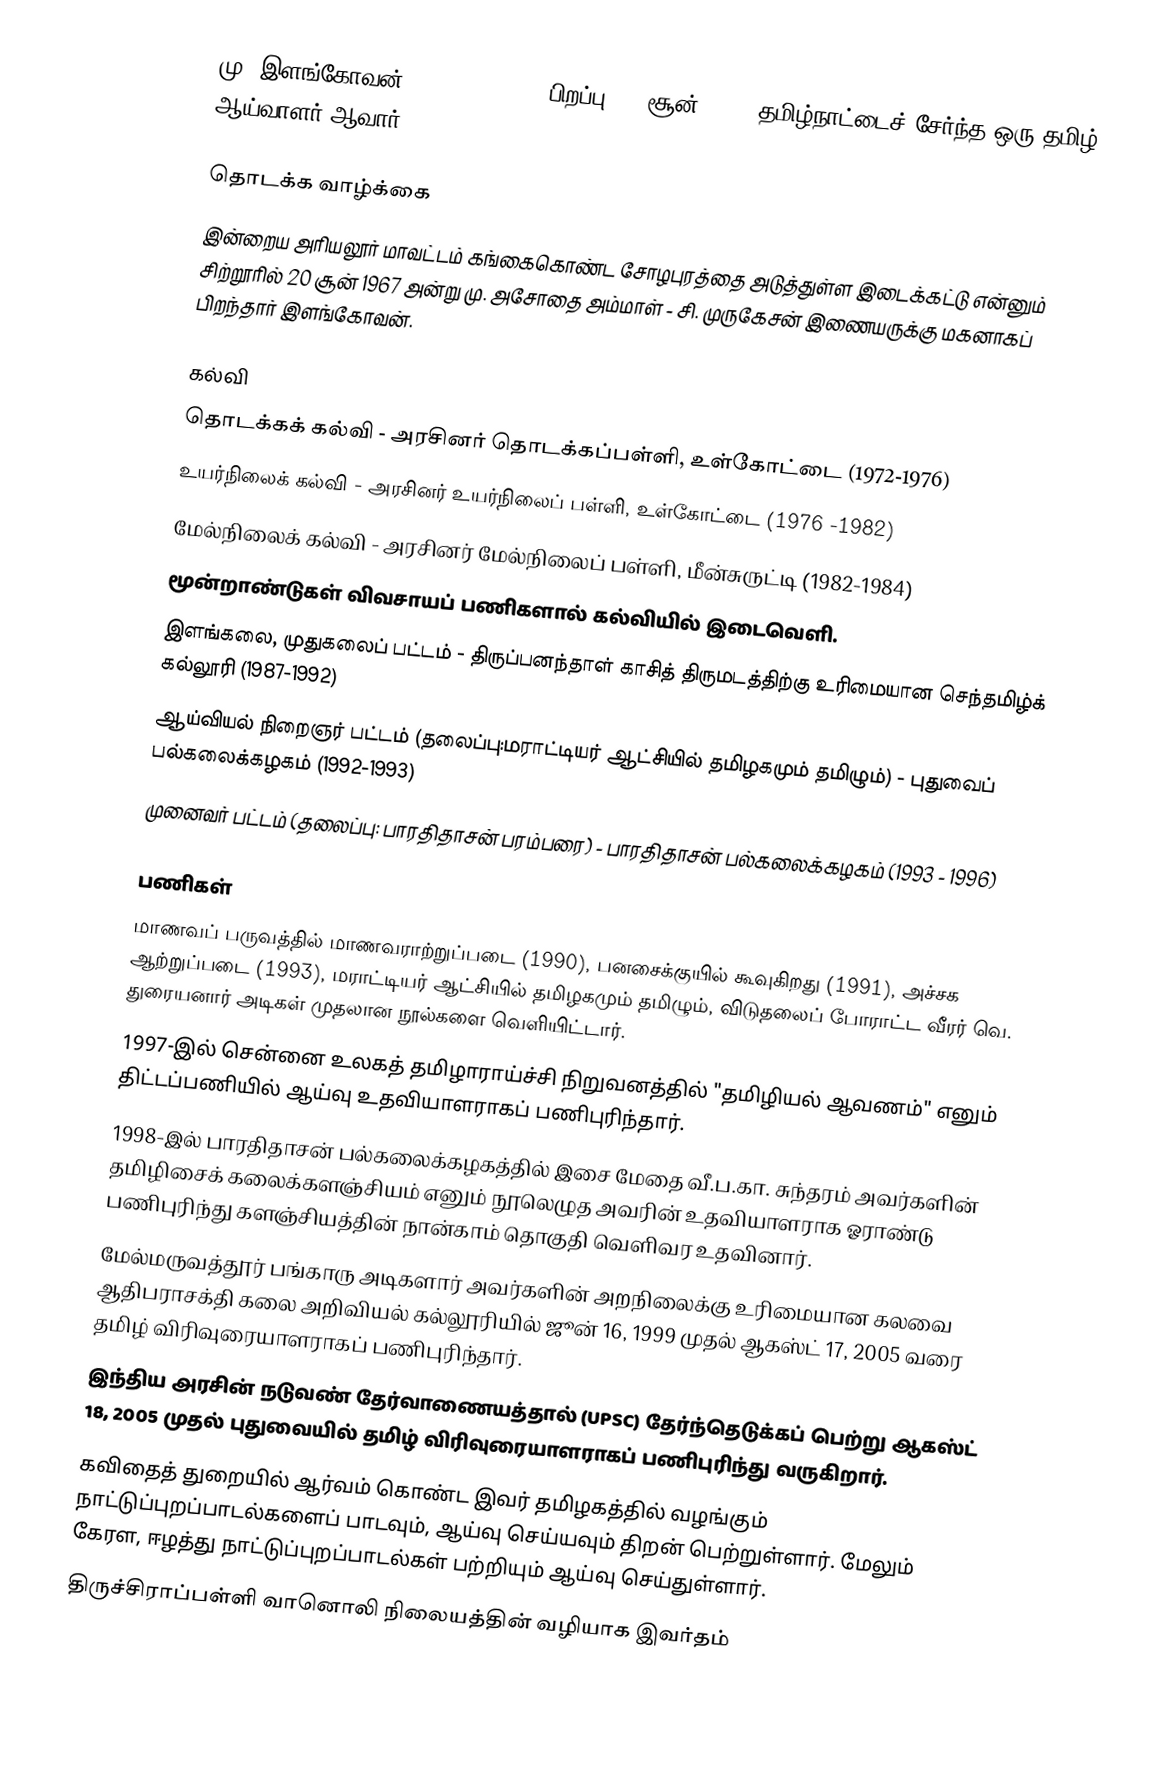
மு. இளங்கோவன் (Mu. Elangovan; பிறப்பு: 20 சூன் 1967) தமிழ்நாட்டைச் சேர்ந்த ஒரு  தமிழ் ஆய்வாளர் ஆவார்.

தொடக்க வாழ்க்கை
இன்றைய  அரியலூர் மாவட்டம்  கங்கைகொண்ட சோழபுரத்தை அடுத்துள்ள இடைக்கட்டு என்னும் சிற்றூரில் 20 சூன் 1967 அன்று மு. அசோதை அம்மாள் - சி. முருகேசன் இணையருக்கு மகனாகப் பிறந்தார் இளங்கோவன்.

கல்வி
 தொடக்கக் கல்வி - அரசினர் தொடக்கப்பள்ளி, உள்கோட்டை (1972-1976)
 உயர்நிலைக் கல்வி - அரசினர் உயர்நிலைப் பள்ளி, உள்கோட்டை (1976 -1982)
 மேல்நிலைக் கல்வி - அரசினர் மேல்நிலைப் பள்ளி, மீன்சுருட்டி (1982-1984)
 மூன்றாண்டுகள் விவசாயப் பணிகளால் கல்வியில் இடைவெளி.
 இளங்கலை, முதுகலைப் பட்டம் - திருப்பனந்தாள் காசித் திருமடத்திற்கு உரிமையான செந்தமிழ்க் கல்லூரி (1987-1992)
 ஆய்வியல் நிறைஞர் பட்டம் (தலைப்பு:மராட்டியர் ஆட்சியில் தமிழகமும் தமிழும்) - புதுவைப் பல்கலைக்கழகம் (1992-1993)
 முனைவர் பட்டம் (தலைப்பு: பாரதிதாசன் பரம்பரை) - பாரதிதாசன் பல்கலைக்கழகம் (1993 - 1996)

பணிகள்
 மாணவப் பருவத்தில் மாணவராற்றுப்படை (1990), பனசைக்குயில் கூவுகிறது (1991), அச்சக ஆற்றுப்படை (1993), மராட்டியர் ஆட்சியில் தமிழகமும் தமிழும், விடுதலைப் போராட்ட வீரர் வெ. துரையனார் அடிகள் முதலான நூல்களை வெளியிட்டார்.
 1997-இல் சென்னை உலகத் தமிழாராய்ச்சி நிறுவனத்தில் "தமிழியல் ஆவணம்" எனும் திட்டப்பணியில் ஆய்வு உதவியாளராகப் பணிபுரிந்தார்.
 1998-இல் பாரதிதாசன் பல்கலைக்கழகத்தில் இசை மேதை வீ.ப.கா. சுந்தரம் அவர்களின் தமிழிசைக் கலைக்களஞ்சியம் எனும் நூலெழுத அவரின் உதவியாளராக ஓராண்டு பணிபுரிந்து களஞ்சியத்தின் நான்காம் தொகுதி வெளிவர உதவினார்.
 மேல்மருவத்தூர் பங்காரு அடிகளார் அவர்களின் அறநிலைக்கு உரிமையான கலவை ஆதிபராசக்தி கலை அறிவியல் கல்லூரியில் ஜூன் 16, 1999 முதல் ஆகஸ்ட் 17, 2005 வரை தமிழ் விரிவுரையாளராகப் பணிபுரிந்தார்.
 இந்திய அரசின் நடுவண் தேர்வாணையத்தால் (UPSC) தேர்ந்தெடுக்கப் பெற்று ஆகஸ்ட் 18, 2005 முதல் புதுவையில் தமிழ் விரிவுரையாளராகப் பணிபுரிந்து வருகிறார்.
 கவிதைத் துறையில் ஆர்வம் கொண்ட இவர் தமிழகத்தில் வழங்கும் நாட்டுப்புறப்பாடல்களைப் பாடவும், ஆய்வு செய்யவும் திறன் பெற்றுள்ளார். மேலும் கேரள, ஈழத்து நாட்டுப்புறப்பாடல்கள் பற்றியும் ஆய்வு செய்துள்ளார்.
 திருச்சிராப்பள்ளி வானொலி நிலையத்தின் வழியாக இவர்தம்